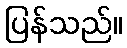
ပြန်သည်။